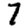
Digit: 7